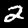
Label: 2